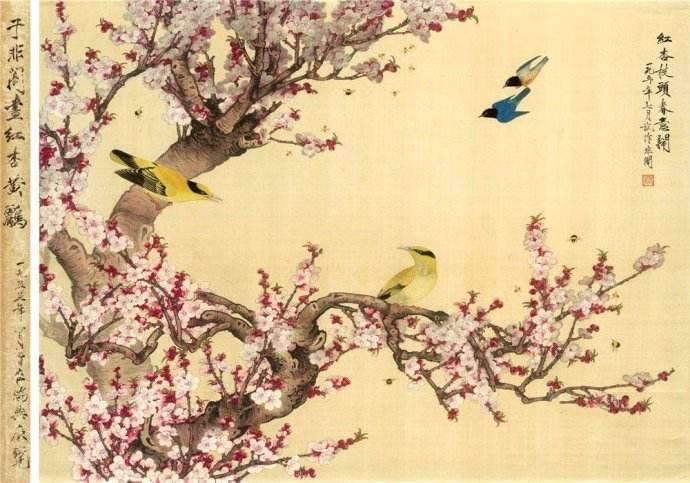
东城渐觉风光好。